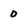
Character: O